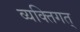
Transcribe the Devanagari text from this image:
व्यक्तिगत्